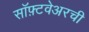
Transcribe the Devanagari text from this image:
सॉफ़्टवेअरची